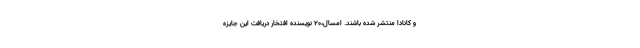
و کانادا منتشر شده باشند. امسال،۲۰ نویسنده افتخار دریافت این جایزه